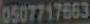
0507717663